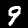
Digit: 9